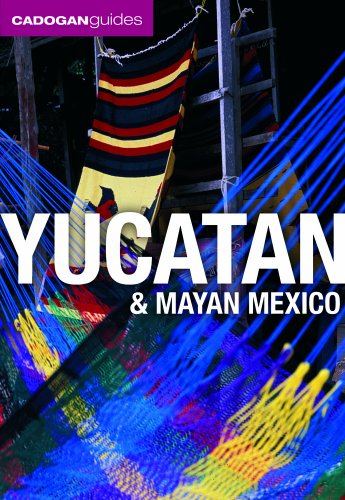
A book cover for Yucatan & Mayan Mexico (Cadogan Guides); Nick Rider; Travel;